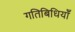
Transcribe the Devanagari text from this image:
गतिबिधियाँ